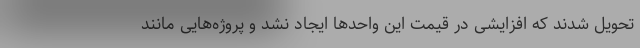
تحویل شدند که افزایشی در قیمت این واحدها ایجاد نشد و پروژه‌هایی مانند